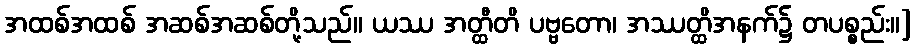
အထစ်အထစ် အဆစ်အဆစ်တို့သည်။ ယဿ အတ္ထီတိ ပဗ္ဗတော၊ အဿတ္ထိအနက်၌ တပစ္စည်း။]